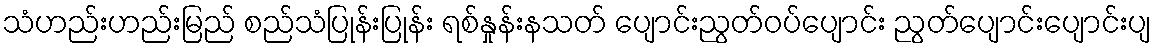
သံဟည်းဟည်းမြည် စည်သံပြုန်းပြုန်း ရစ်နှုန်းနသတ် ပျောင်းညွတ်ဝပ်ပျောင်း ညွတ်ပျောင်းပျောင်းပျ